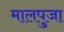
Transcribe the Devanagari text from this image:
मालपुजा